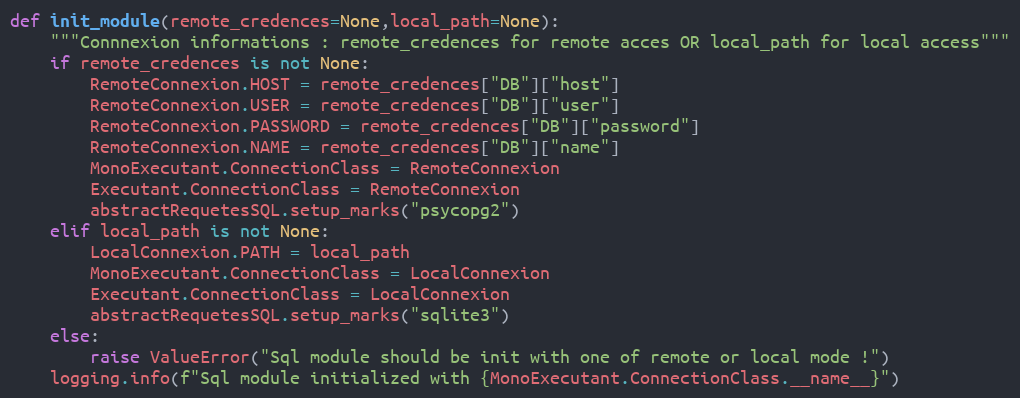
Language: Python
def init_module(remote_credences=None,local_path=None):
    """Connnexion informations : remote_credences for remote acces OR local_path for local access"""
    if remote_credences is not None:
        RemoteConnexion.HOST = remote_credences["DB"]["host"]
        RemoteConnexion.USER = remote_credences["DB"]["user"]
        RemoteConnexion.PASSWORD = remote_credences["DB"]["password"]
        RemoteConnexion.NAME = remote_credences["DB"]["name"]
        MonoExecutant.ConnectionClass = RemoteConnexion
        Executant.ConnectionClass = RemoteConnexion
        abstractRequetesSQL.setup_marks("psycopg2")
    elif local_path is not None:
        LocalConnexion.PATH = local_path
        MonoExecutant.ConnectionClass = LocalConnexion
        Executant.ConnectionClass = LocalConnexion
        abstractRequetesSQL.setup_marks("sqlite3")
    else:
        raise ValueError("Sql module should be init with one of remote or local mode !")
    logging.info(f"Sql module initialized with {MonoExecutant.ConnectionClass.__name__}")